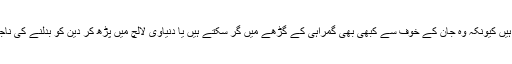
یہ لوگ ناقابل اعتبار ہوتے ہیں کیونکہ وہ جان کے خوف سے کبھی بھی گمراہی کے گڑھے میں گر سکتے ہیں یا دنیاوی لالچ میں پڑھ کر دین کو بدلنے کی ناجائز کوشش کر سکتے ہیں ۔